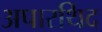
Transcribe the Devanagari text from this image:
अपारथिद